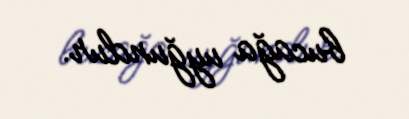
bucağa uyğundur.